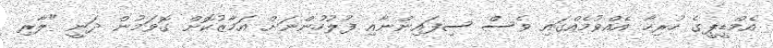
އެމްޑީޕީގެ ހުރިހާ އެއްވުމެއްގައި ވެސް ސިފައިންނާއި ފުލުހުންނަށް އަމާޒުކޮށް ގޮވަމުން ދަނީ "ލާރި